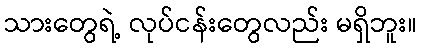
သားတွေရဲ့ လုပ်ငန်းတွေလည်း မရှိဘူး။